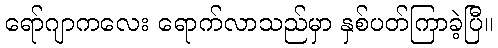
ရော်ဂျာကလေး ရောက်လာသည်မှာ နှစ်ပတ်ကြာခဲ့ပြီ။